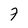
Character: 7